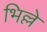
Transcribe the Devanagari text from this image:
भिल्ले